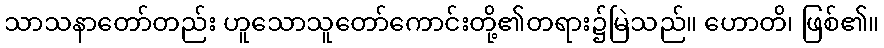
သာသနာတော်တည်း ဟူသောသူတော်ကောင်းတို့၏တရား၌မြဲသည်။ ဟောတိ၊ ဖြစ်၏။